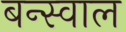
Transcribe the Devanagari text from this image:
बन्स्वाल